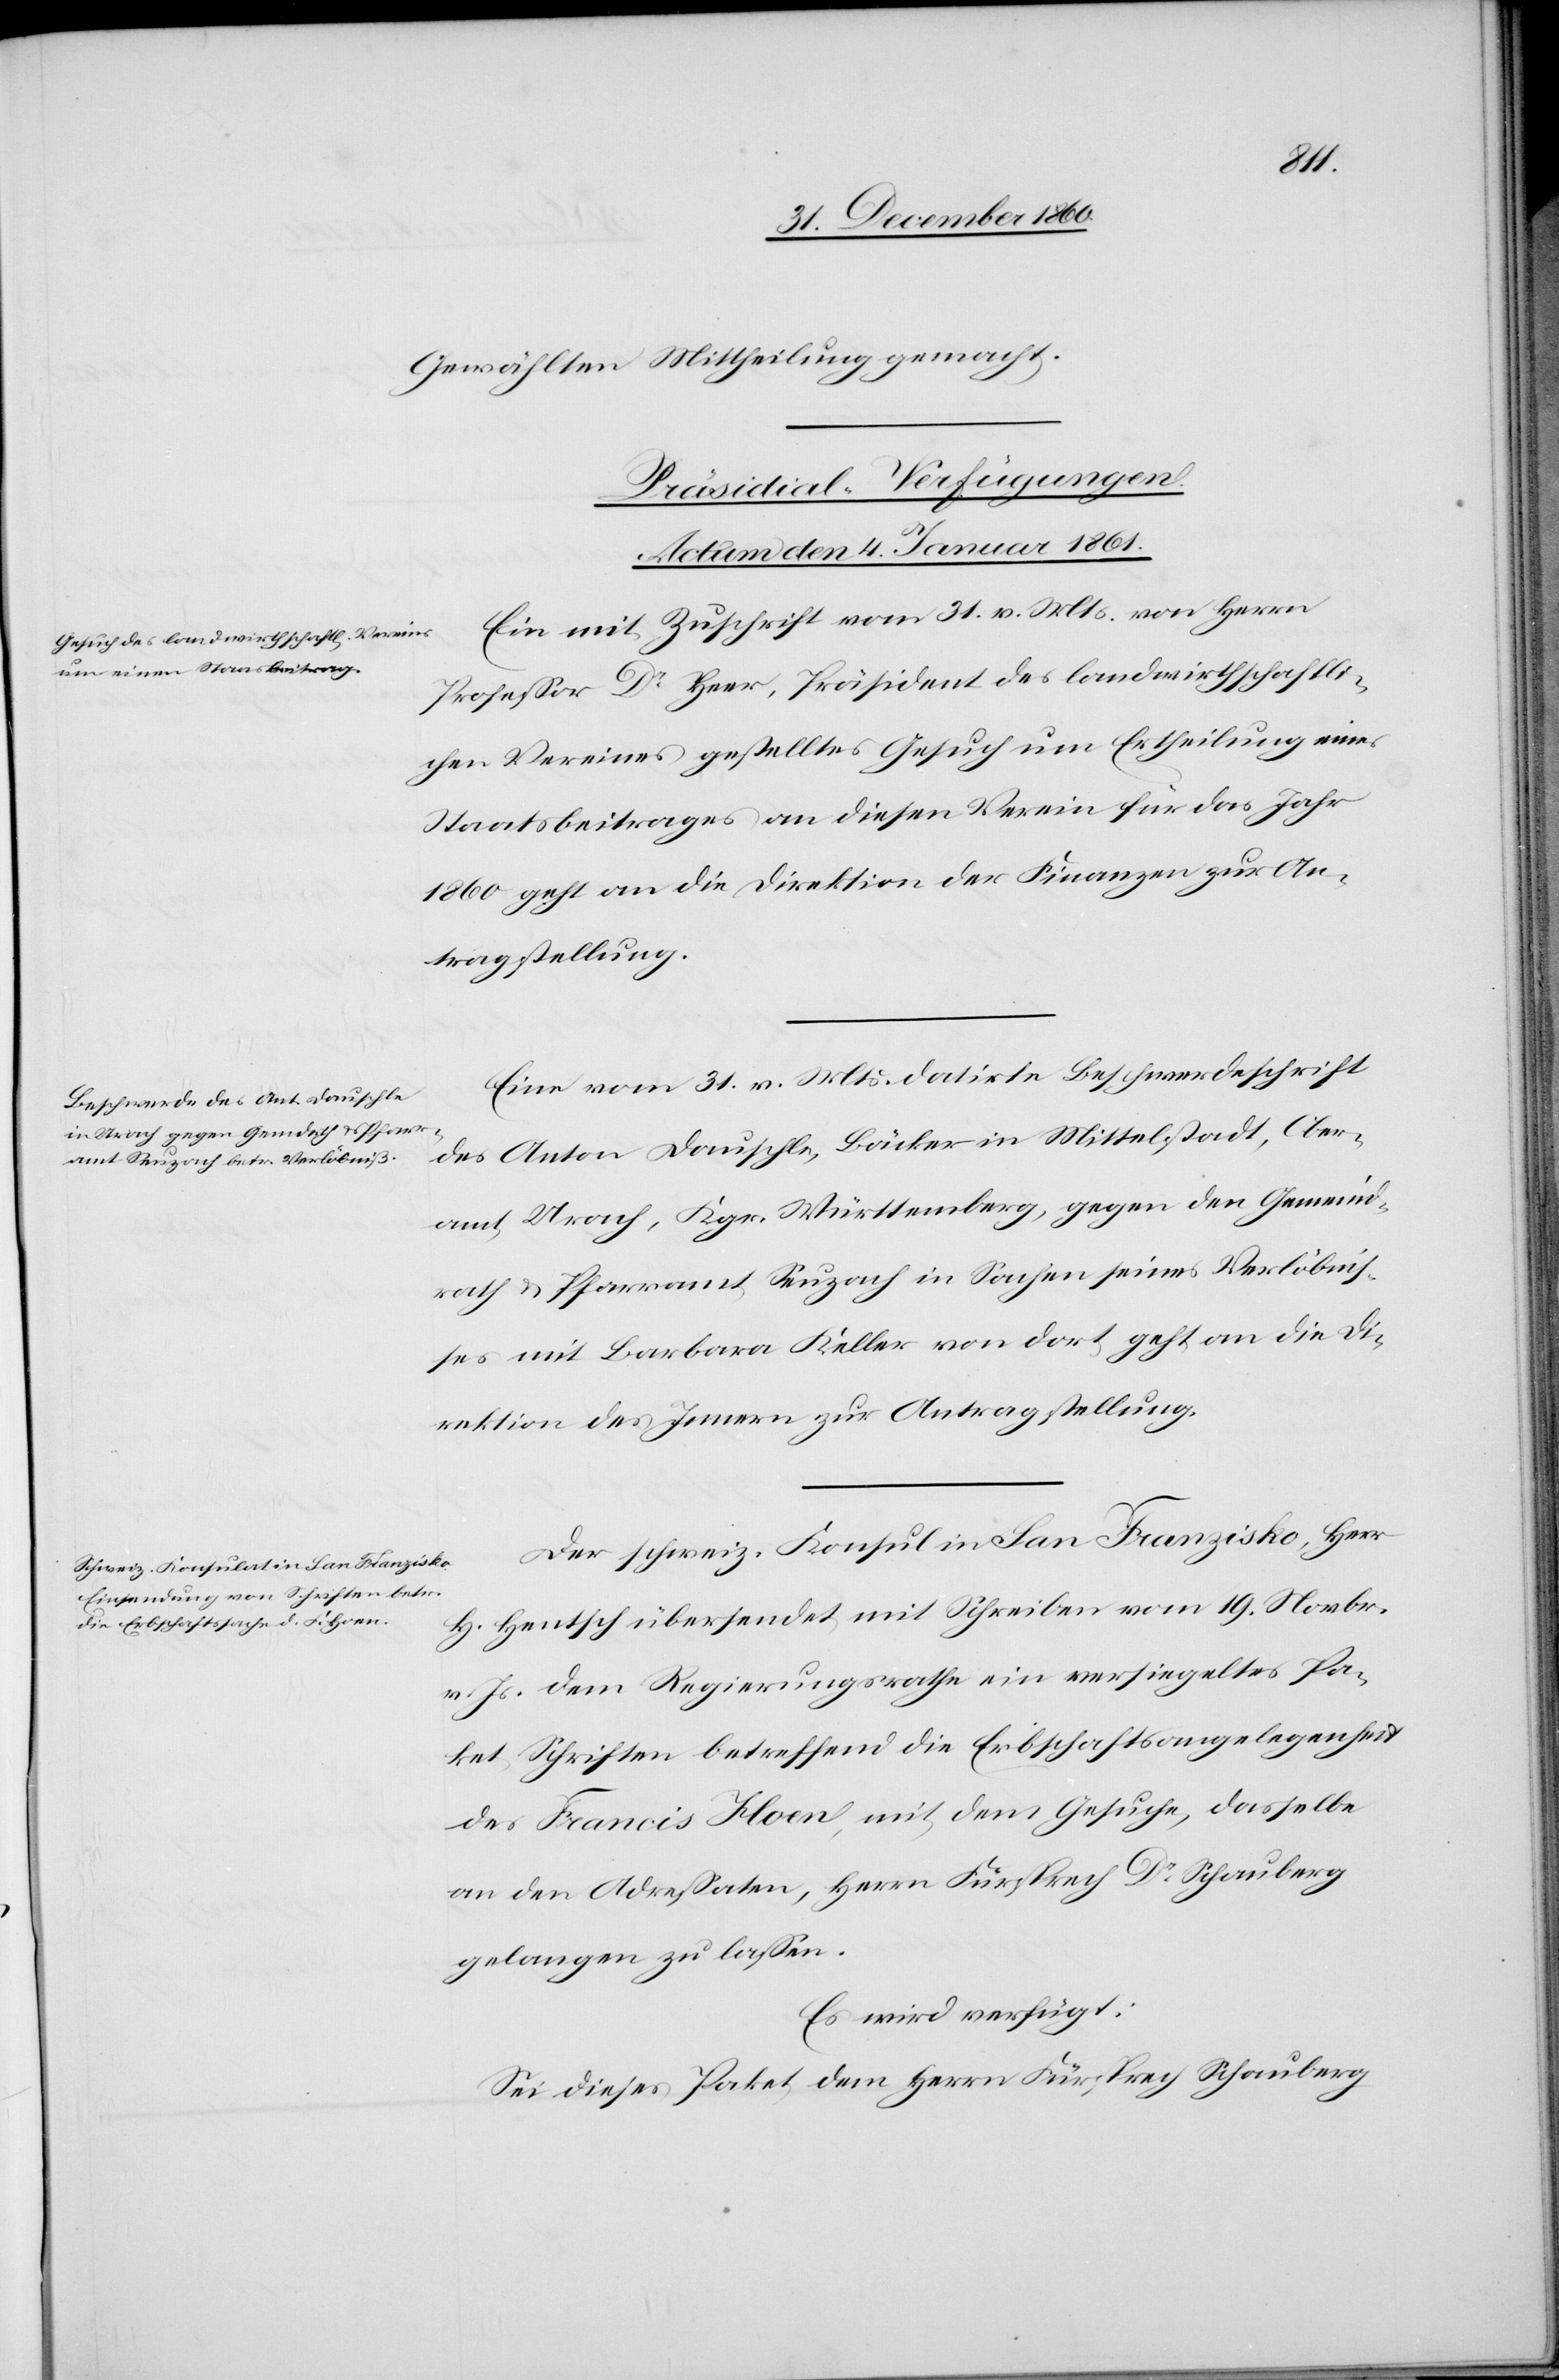
Gewählten Mittheilung gemacht.
[Präsidial-Verfügungen.
Actum den 4. Januar 1861.]
Ein mit Zuschrift vom 31. v. Mts. von Herrn
Professor Dr Heer, Präsident des landwirthschaftli¬
chen Vereines gestelltes Gesuch um Ertheilung eines
Staatsbeitrages an diesen Verein für das Jahr
1860 geht an die Direktion der Finanzen zur An¬
tragstellung.
Eine vom 31. v. Mts. datirte Beschwerdeschrift
des Anton Dauschle, Bäcker in Mittelstadt, Ober¬
amt Urach, Kgr. Württemberg, gegen den Gemeind¬
rath u. Pfarramt Seuzach in Sachen seines Verlöbnis¬
ses mit Barbara Keller von dort, geht an die Di¬
rektion des Innern zur Antragstellung.
Der schweiz. Konsul in San Franzisko, Herr
H. Hentsch übersendet mit Schreiben vom 19. Novbr.
v. Js. dem Regierungsrathe ein versiegeltes Pa¬
ket Schriften betreffend die Erbschaftsangelegenheit
des Francis Hoen, mit dem Gesuche, dasselbe
an den Adressaten, Herrn Fürsprech Dr Schauberg
gelangen zu lassen.
Es wird verfügt:
Sei dieses Paket dem Herrn Fürsprech Schauberg